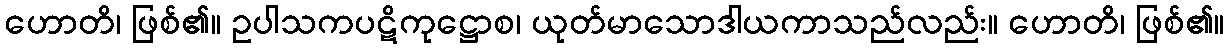
ဟောတိ၊ ဖြစ်၏။ ဥပါသကပဋိကုဋ္ဌောစ၊ ယုတ်မာသောဒါယကာသည်လည်း။ ဟောတိ၊ ဖြစ်၏။